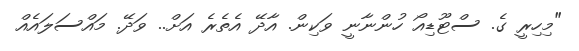
"މިހިރީ ގެ. ސްޓޫޑިއޯ ހުންނާނީ ވަކިން. އާދޭ އެތެރެ އަށް.. ވަދޭޭ. މައްސަލައެއް